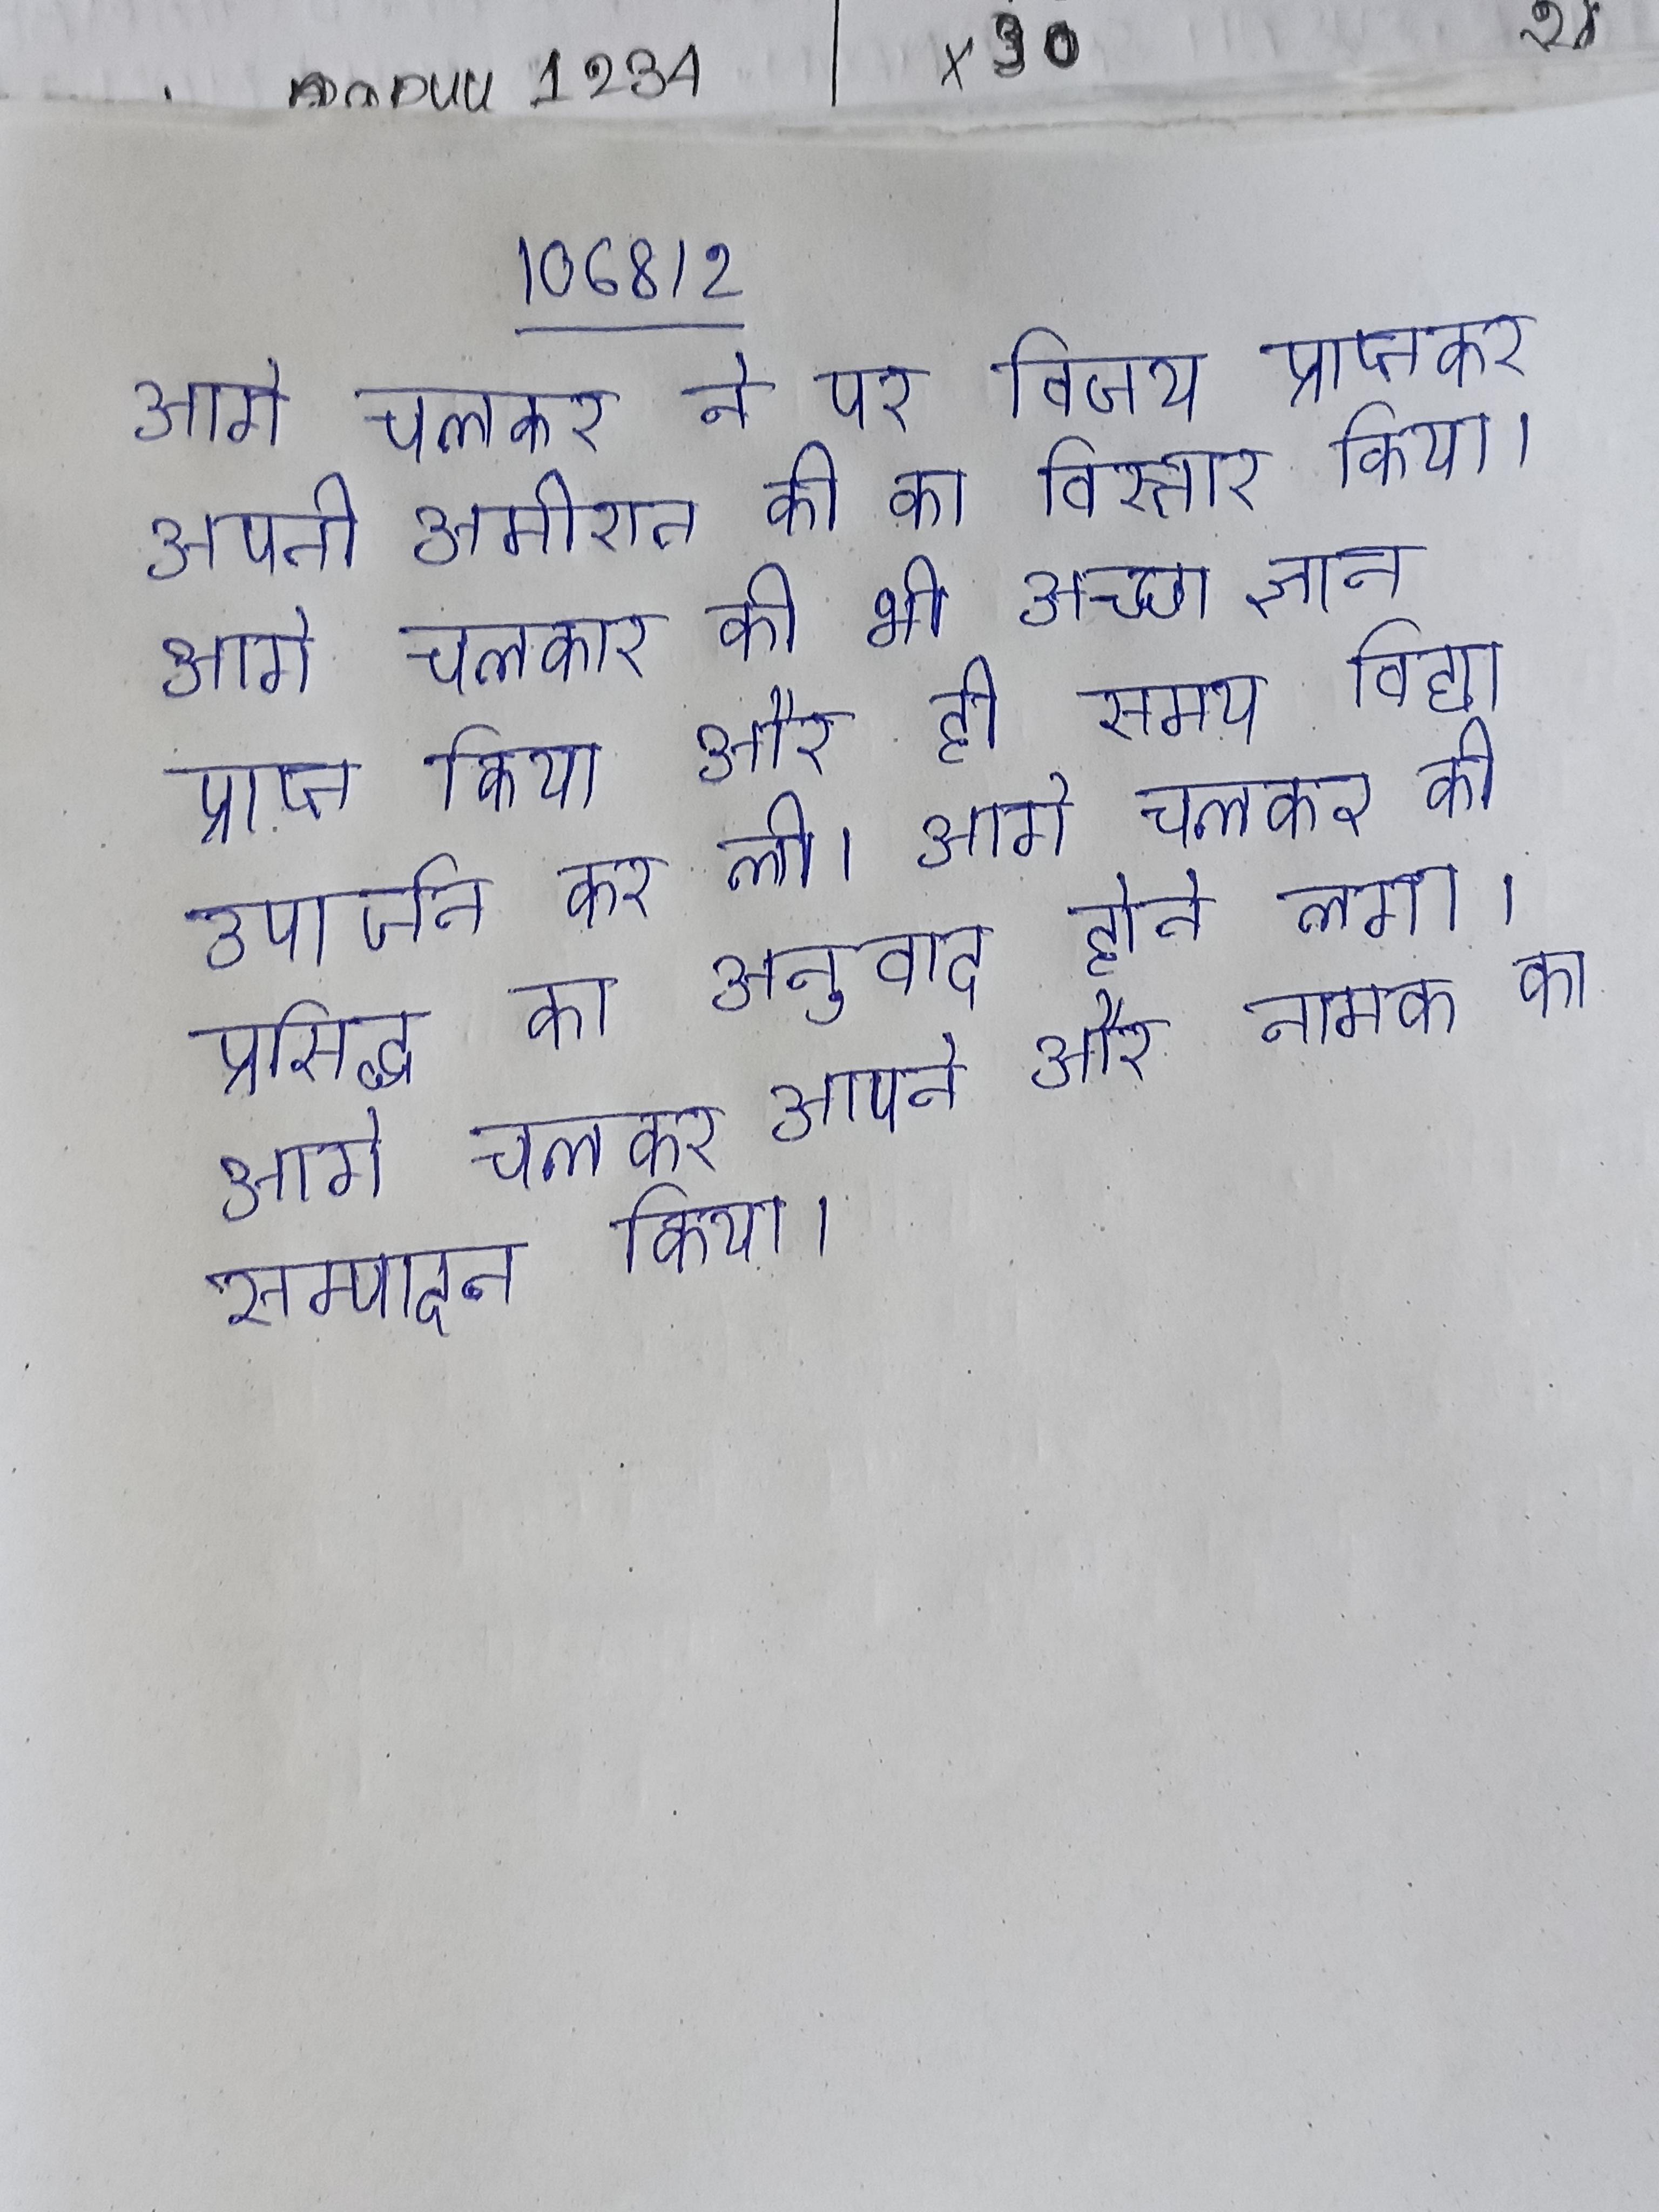
आगे चलकर ने पर विजय प्राप्तकर अपनी अमीरात की का विस्तार किया । आगे चलकर की भी अच्छा ज्ञान प्राप्त किया और ही समय विद्या उपार्जन कर ली । आगे चलकर के प्रसिद्ध का अनुवाद होने लगा । आगे चलकर आपने और नामक का सम्पादन किया ।